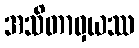
အသိတာဝှယဿ